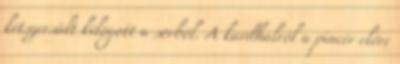
kétszersült kilógott a sorból. A kardhalról a pincér előre